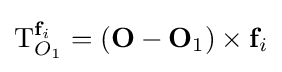
\mathbf {\mathrm {T} } _{O_{1}}^{\mathbf {f} _{i}}=(\mathbf {O} -\mathbf {O} _{1})\times \mathbf {f} _{i}